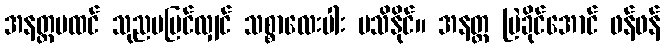
အနတ္တမထင် သုညမမြင်လျှင် သစ္စာလေးပါး မသိနိုင်။ အနတ္တ မြဲခိုင်အောင် ဖန်ဖန်